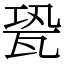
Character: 㼦